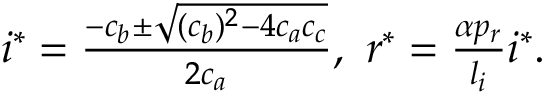
\begin{array} { r } { i ^ { * } = \frac { - c _ { b } \pm \sqrt { ( c _ { b } ) ^ { 2 } - 4 c _ { a } c _ { c } } } { 2 c _ { a } } , \ r ^ { * } = \frac { \alpha p _ { r } } { l _ { i } } i ^ { * } . } \end{array}